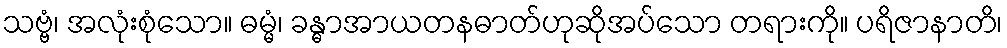
သဗ္ဗံ၊ အလုံးစုံသော။ ဓမ္မံ၊ ခန္ဓာအာယတနဓာတ်ဟုဆိုအပ်သော တရားကို။ ပရိဇာနာတိ၊